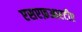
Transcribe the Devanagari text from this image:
एसएफ़आरटीए